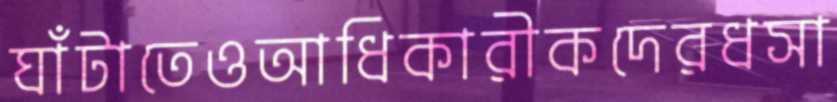
ঘাঁটাতেওআধিকারীকদেরধসা